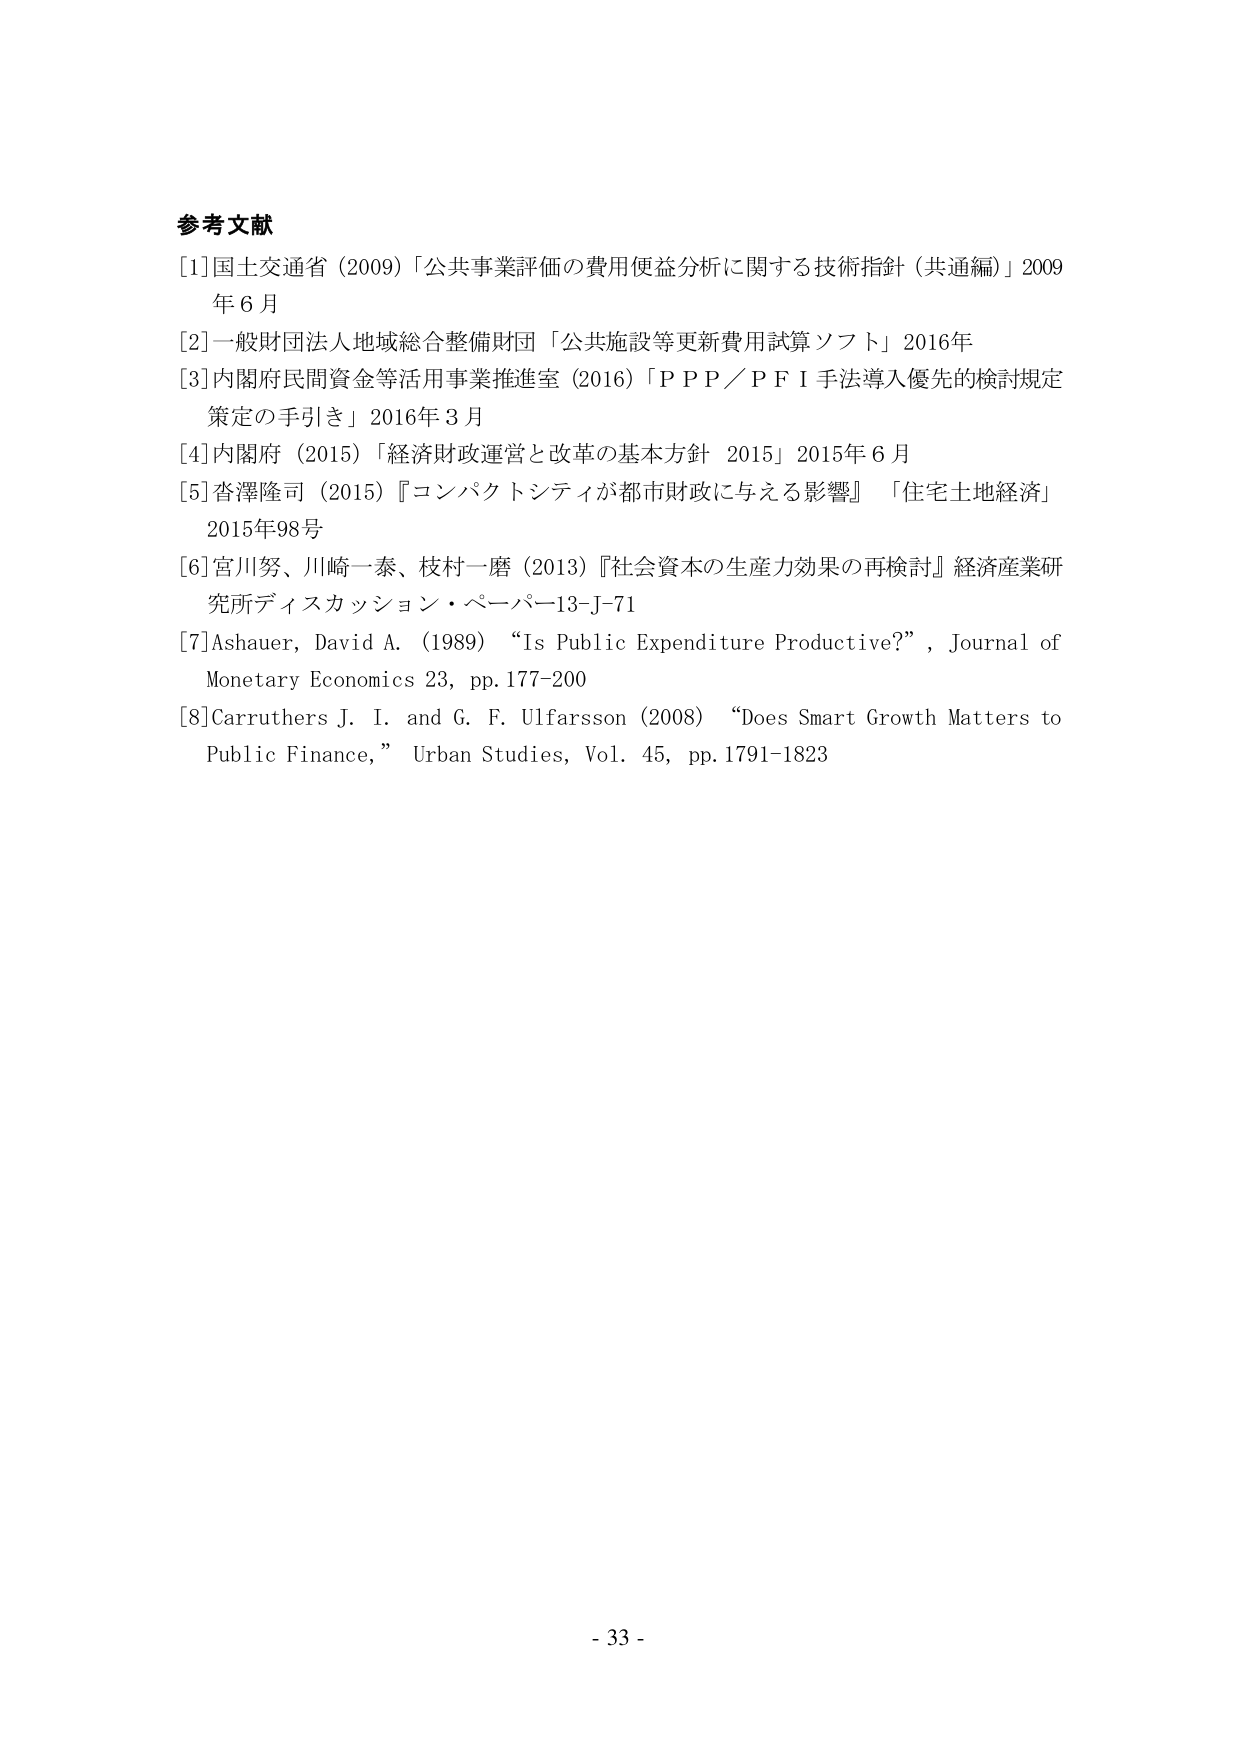
参考文献
[1] 国土交通省 (2009) 「公共事業評価の費用便益分析に関する技術指針（共通編）」2009年6月
[2] 一般財団法人地域総合整備財団 「公共施設等更新費用試算ソフト」2016年
[3] 内閣府民間資金等活用事業推進室 (2016) 「ＰＰＰ／ＰＦＩ手法導入優先的検討規定策定の手引き」2016年3月
[4] 内閣府 (2015) 「経済財政運営と改革の基本方針 2015」2015年6月
[5] 杏澤隆司 (2015) 『コンパクトシティが都市財政に与える影響』 「住宅土地経済」2015年98号
[6] 宮川努、川崎一泰、枝村一磨 (2013) 『社会資本の生産力効果の再検討』 経済産業研究所ディスカッション・ペーパー13-J-71
[7] Ashauer, David A. (1989) “Is Public Expenditure Productive?”, Journal of Monetary Economics 23, pp.177-200
[8] Carruthers J. I. and G. F. Ulfarsson (2008) “Does Smart Growth Matters to Public Finance,” Urban Studies, Vol. 45, pp.1791-1823
- 33 -